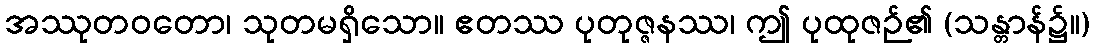
အဿုတဝတော၊ သုတမရှိသော။ ဧတဿ ပုတုဇ္ဇနဿ၊ ဤ ပုထုဇဉ်၏ (သန္တာန်၌။)